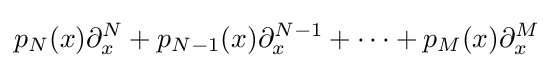
p_{N}(x)\partial _{x}^{N}+p_{N-1}(x)\partial _{x}^{N-1}+\cdots +p_{M}(x)\partial _{x}^{M}